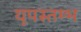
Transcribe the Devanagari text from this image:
यूपस्तम्भ